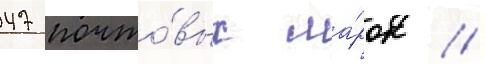
47 почто́вых ма́рок /